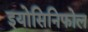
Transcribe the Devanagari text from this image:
इयोसिनिफोल